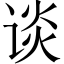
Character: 谈